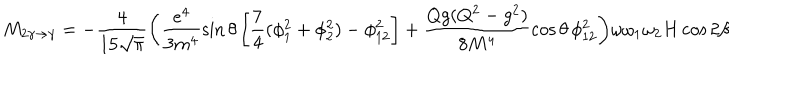
M _ { 2 \gamma \to \gamma } = - \frac { 4 } { 1 5 \sqrt { \pi } } \biggl ( \frac { e ^ { 4 } } { 3 m ^ { 4 } } \sin \theta \left[ \frac { 7 } { 4 } ( \phi _ { 1 } ^ { 2 } + \phi _ { 2 } ^ { 2 } ) - \phi _ { 1 2 } ^ { 2 } \right] + \frac { Q g ( Q ^ { 2 } - g ^ { 2 } ) } { 8 M ^ { 4 } } \cos \theta \, \phi _ { 1 2 } ^ { 2 } \biggr ) \omega \omega _ { 1 } \omega _ { 2 } H \cos 2 \beta